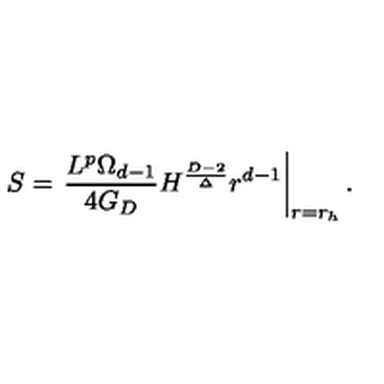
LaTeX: S = \left. { \frac { L ^ { p } \Omega _ { d - 1 } } { 4 G _ { D } } } H ^ { \frac { D - 2 } { \Delta } } r ^ { d - 1 } \right| _ { r = r _ { h } } .